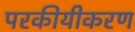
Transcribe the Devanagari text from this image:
परकीयीकरण